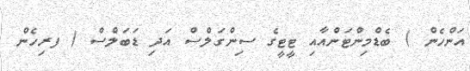
އަންހެން ) ބެޑްމިންޓަންއާއި ޓީޓީގެ ސިންގަލްސް އަދި ޑަބަލްސް ( ފރިހެން